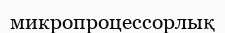
микропроцессорлық